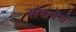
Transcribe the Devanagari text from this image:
संघनेचे